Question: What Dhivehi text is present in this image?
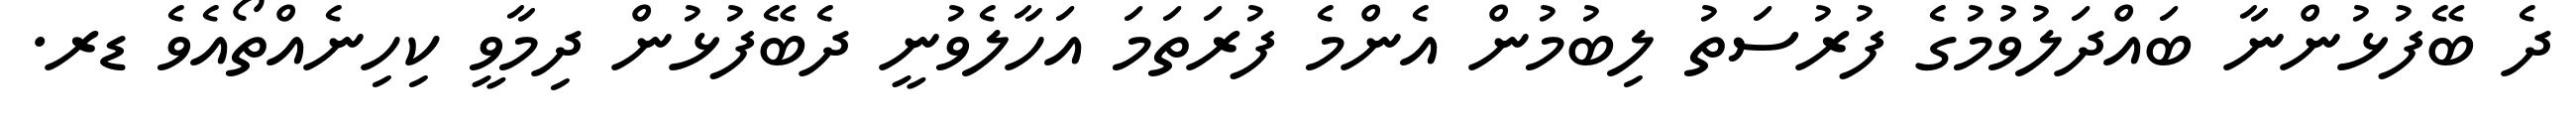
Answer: ދެ ބޭފުޅުންނާ ބައްދަލުވުމުގެ ފުރުސަތު ލިބުމުން އެންމެ ފުރަތަމަ އަހާލެވުނީ ދެބޭފުޅުން ދިމާވީ ކިހިނެއްތޯއެވެ ޑރ.